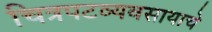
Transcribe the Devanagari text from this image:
चित्रपटव्यवसायाचे